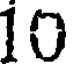
10